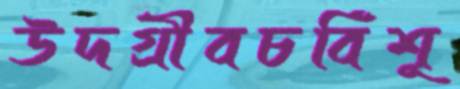
উদগ্রীবচর্বিশূ